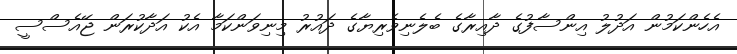
އެހެންކަމުން އަދުލު އިންސާފުގެ ދާއިރާގެ ބެލެނިވެރިޔާގެ ދައުރު މިނިވަންކަމާ އެކު އަދާކުރަން ޖޭއެސްސީ